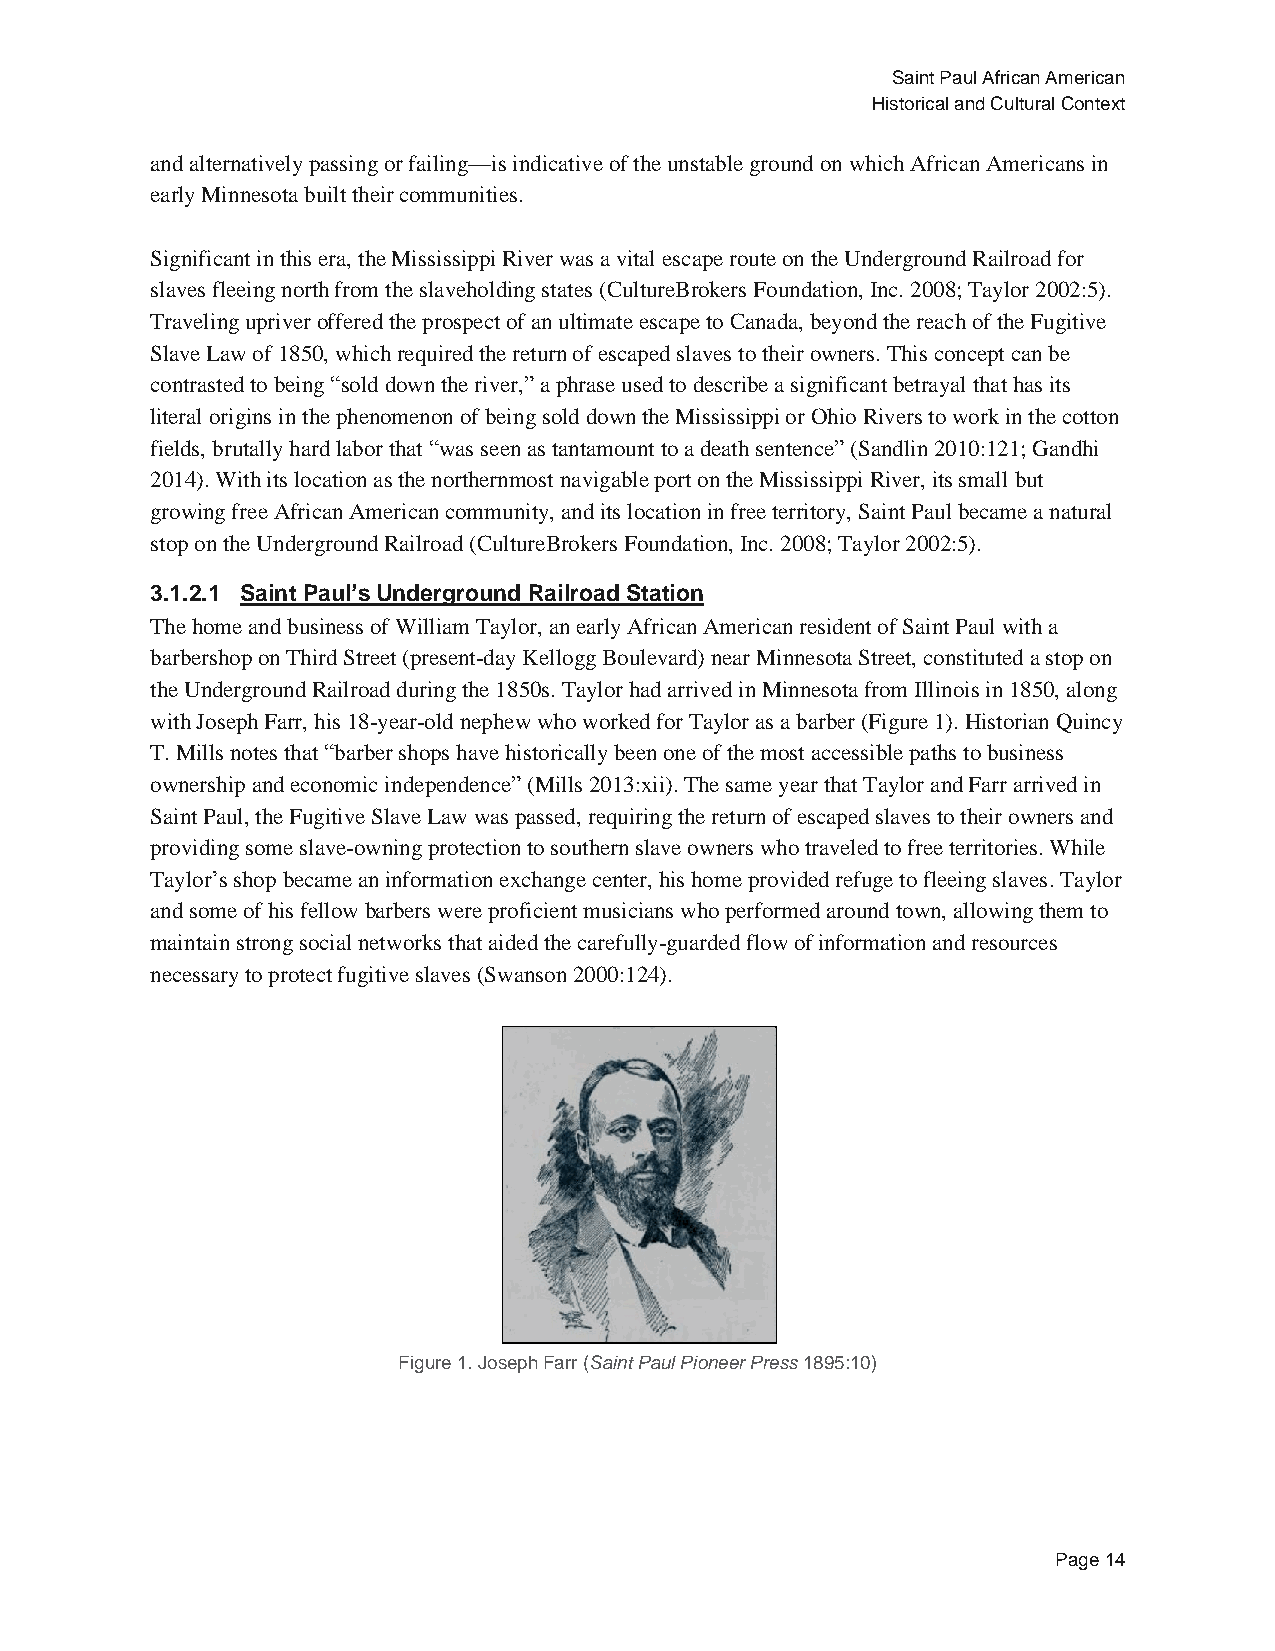
Saint Paul African American
 Historical and Cultural Context
 and alternatively passing or failing—is indicative of the unstable ground on which African Americans in
 early Minnesota built their communities.
 Significant in this era, the Mississippi River was a vital escape route on the Underground Railroad for
 slaves fleeing north from the slaveholding states (CultureBrokers Foundation, Inc. 2008; Taylor 2002:5).
 Traveling upriver offered the prospect of an ultimate escape to Canada, beyond the reach of the Fugitive
 Slave Law of 1850, which required the return of escaped slaves to their owners. This concept can be
 contrasted to being “sold down the river,” a phrase used to describe a significant betrayal that has its
 literal origins in the phenomenon of being sold down the Mississippi or Ohio Rivers to work in the cotton
 fields, brutally hard labor that “was seen as tantamount to a death sentence” (Sandlin 2010:121; Gandhi
 2014). With its location as the northernmost navigable port on the Mississippi River, its small but
 growing free African American community, and its location in free territory, Saint Paul became a natural
 stop on the Underground Railroad (CultureBrokers Foundation, Inc. 2008; Taylor 2002:5).
 3.1.2.1 Saint Paul’s Underground Railroad Station
 The home and business of William Taylor, an early African American resident of Saint Paul with a
 barbershop on Third Street (present-day Kellogg Boulevard) near Minnesota Street, constituted a stop on
 the Underground Railroad during the 1850s. Taylor had arrived in Minnesota from Illinois in 1850, along
 with Joseph Farr, his 18-year-old nephew who worked for Taylor as a barber (Figure 1). Historian Quincy
 T. Mills notes that “barber shops have historically been one of the most accessible paths to business
 ownership and economic independence” (Mills 2013:xii). The same year that Taylor and Farr arrived in
 Saint Paul, the Fugitive Slave Law was passed, requiring the return of escaped slaves to their owners and
 providing some slave-owning protection to southern slave owners who traveled to free territories. While
 Taylor’s shop became an information exchange center, his home provided refuge to fleeing slaves. Taylor
 and some of his fellow barbers were proficient musicians who performed around town, allowing them to
 maintain strong social networks that aided the carefully-guarded flow of information and resources
 necessary to protect fugitive slaves (Swanson 2000:124).
 Figure 1. Joseph Farr (Saint Paul Pioneer Press 1895:10)
 Page 14